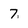
Character: 7